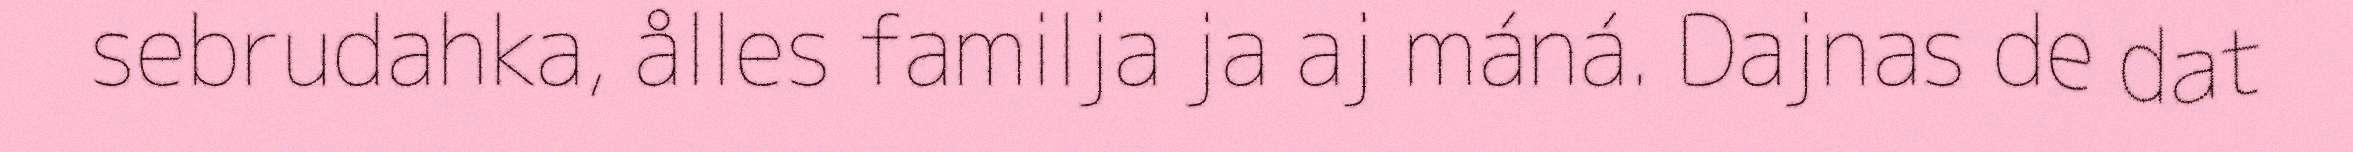
sebrudahka, ålles familja ja aj máná. Dajnas de dat